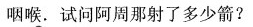
咽喉. 试问阿周那射了多少箭？